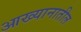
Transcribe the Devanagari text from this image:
आख्यानातील